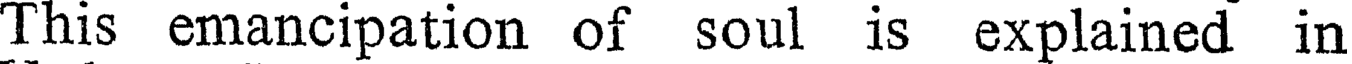
This emancipation of soul is explained in